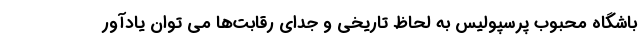
باشگاه محبوب پرسپولیس به لحاظ تاریخی و جدای رقابت‌ها می توان یادآور